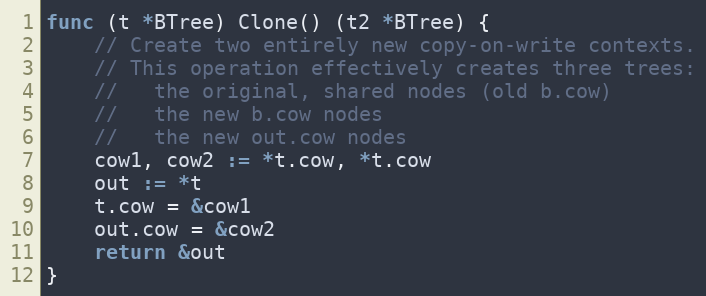
Language: Go
func (t *BTree) Clone() (t2 *BTree) {
	// Create two entirely new copy-on-write contexts.
	// This operation effectively creates three trees:
	//   the original, shared nodes (old b.cow)
	//   the new b.cow nodes
	//   the new out.cow nodes
	cow1, cow2 := *t.cow, *t.cow
	out := *t
	t.cow = &cow1
	out.cow = &cow2
	return &out
}